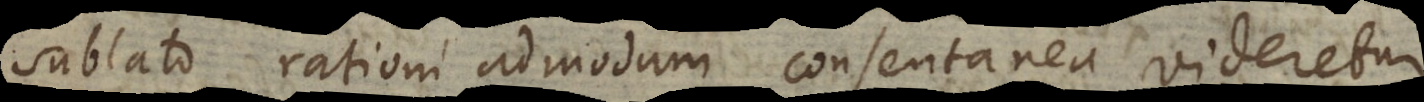
sublato rationi admodum consentanea videretur